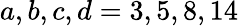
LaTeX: a,b,c,d=3,5,8,14